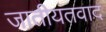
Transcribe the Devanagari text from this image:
जातीयतवाद